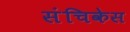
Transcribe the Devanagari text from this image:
संचिकेस